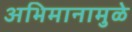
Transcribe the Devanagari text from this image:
अभिमानामुळे